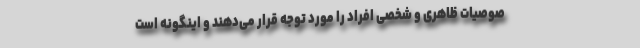
صوصیات ظاهری و شخصی افراد را مورد توجه قرار می‌دهند و اینگونه است